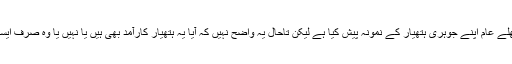
یہ پہلا موقع ہے کہ شمالی کوریا نے کھلے عام اپنے جوہری ہتھیار کے نمونہ پیش کیا ہے لیکن تاحال یہ واضح نہیں کہ آیا یہ ہتھیار کارآمد بھی ہیں یا نہیں یا وہ صرف ایسے ہتھیار بنانے کی کوشش کر رہا ہے۔